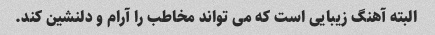
البته آهنگ زیبایی است که می تواند مخاطب را آرام و دلنشین کند.